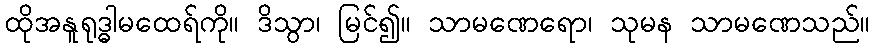
ထိုအနူရုဒ္ဓါမထေရ်ကို။ ဒိသွာ၊ မြင်၍။ သာမဏေရော၊ သုမန သာမဏေသည်။